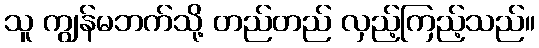
သူ ကျွန်မဘက်သို့ တည်တည် လှည့်ကြည့်သည်။